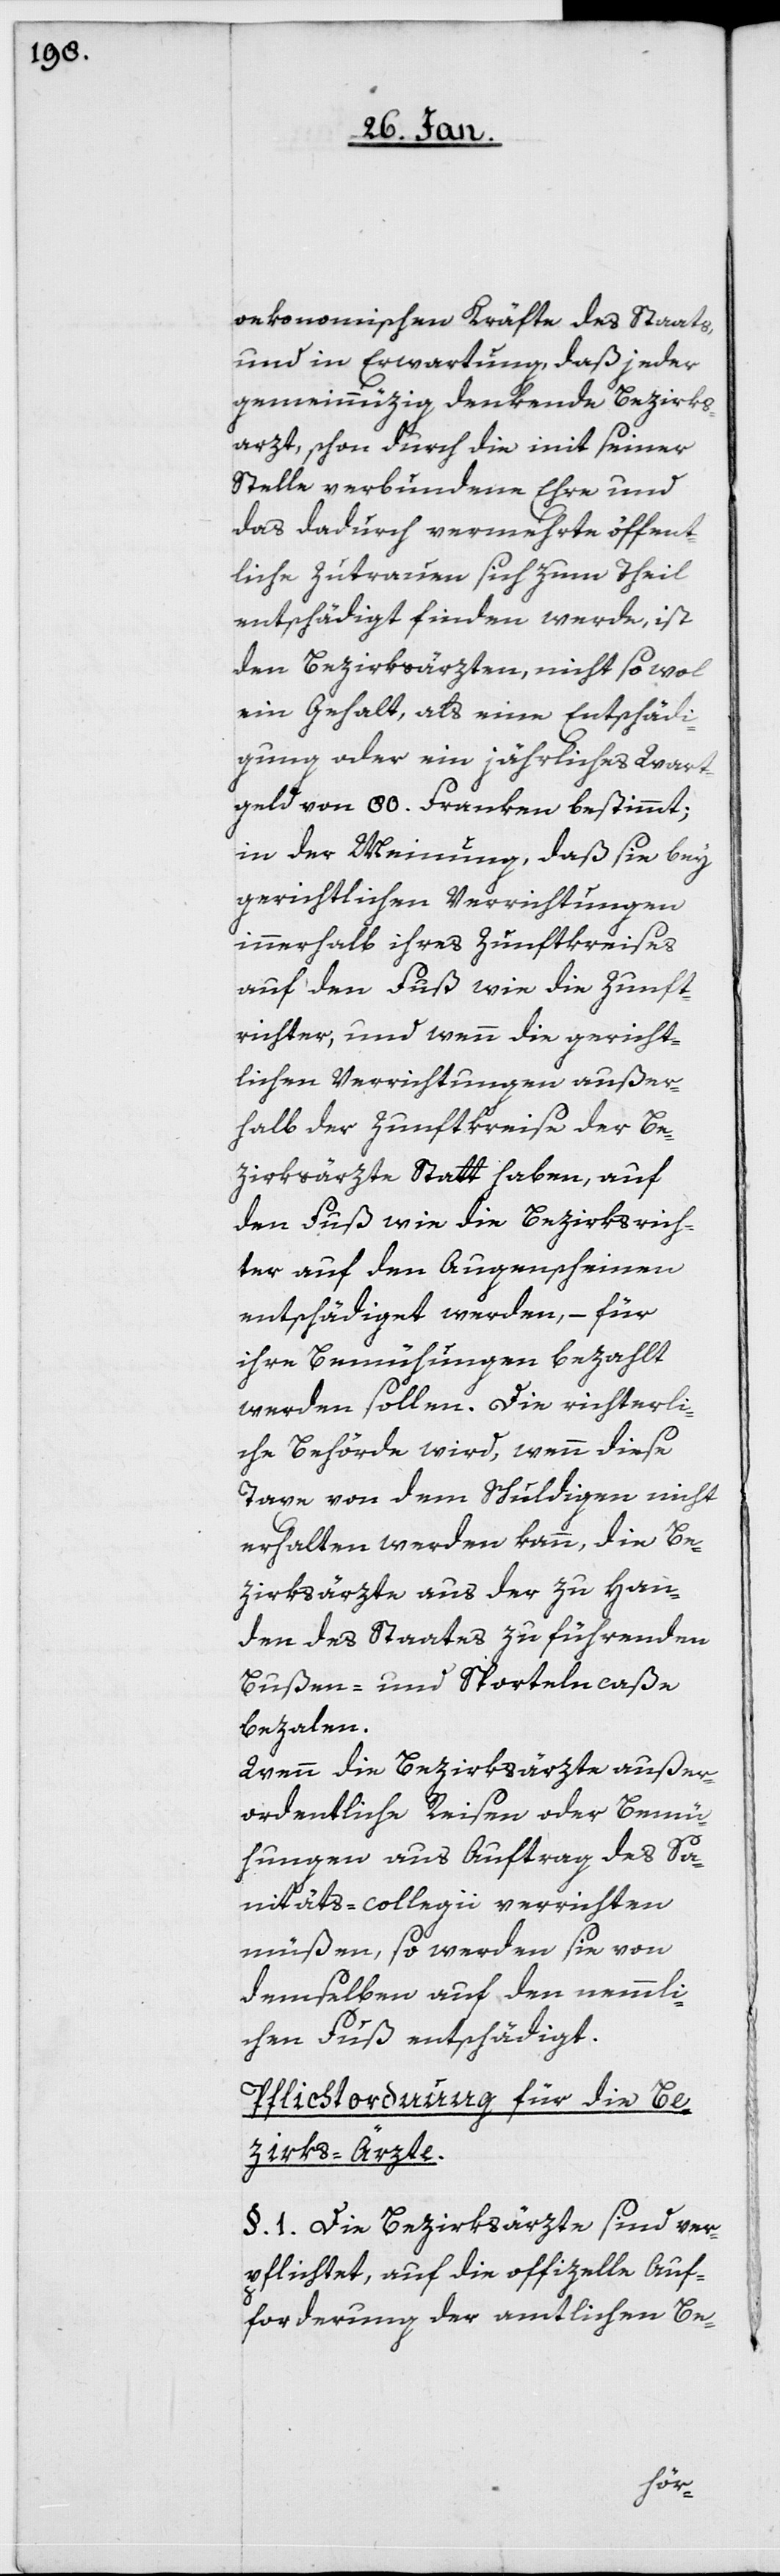
oekonomischen Kräfte des Staats,
und in Erwartung, daß jeder
gemeinnüzig denkende Bezirks¬
arzt, schon durch die mit seiner
Stelle verbundene Ehre und
das dadurch vermehrte öffent¬
liche Zutrauen sich zum Theil
entschädigt finden werde, ist
den Bezirksärzten, nicht sowol
ein Gehalt, als eine Entschädi¬
gung oder ein jährliches Wart¬
geld von 80. Franken bestimmt;
in der Meinung, daß sie bey
gerichtlichen Verrichtungen
innerhalb ihres Zunftkreises
auf den Fuß wie die Zunft¬
richter, und wenn die gericht¬
lichen Verrichtungen außer¬
halb der Zunftkreise der Be¬
zirksärzte Statt haben, auf
den Fuß wie die Bezirksrich¬
ter auf den Augenscheinen
entschädiget werden, – für
ihre Bemühungen bezahlt
werden sollen. Die richterli¬
che Behörde wird, wenn diese
Taxe von dem Schuldigen nicht
erhalten werden kann, die Be¬
zirksärzte aus der zu Han¬
den des Staates zu führenden
Bußen- und Sportelncaße
bezalen.
Wenn die Bezirksärzte außer¬
ordentliche Reisen oder Bemü¬
hungen aus Auftrag des Sa¬
nitäts-collegii verrichten
müßen, so werden sie von
demselben auf den nemmli¬
chen Fuß entschädigt.
Pflichtordnung für die Be¬
zirks-Ärzte.
§. 1. Die Bezirksärzte sind ver¬
pflichtet, auf die offizelle [sic!]
forderung der amtlichen Be-
Auf¬